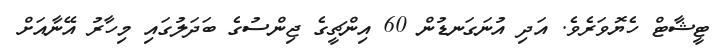
ޓީޝާޓް ހެޔޮވަރެވެ. އަދި އުނަގަނޑުން 60 އިންޗީގެ ޖިންސުގެ ބަދަލުގައި މިހާރު އޭނާއަށް